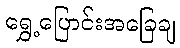
ရွှေ့ပြောင်းအခြေချ